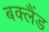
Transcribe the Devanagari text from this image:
बक्लैंड